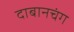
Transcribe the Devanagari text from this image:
दाबानचंग